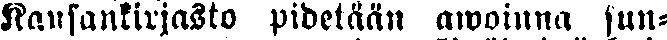
Kansanvirasto pidetään awoinna sun-